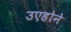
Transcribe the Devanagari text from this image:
उएहोने